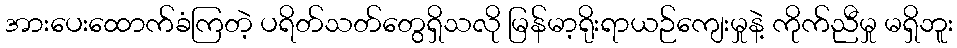
အားပေးထောက်ခံကြတဲ့ ပရိတ်သတ်တွေရှိသလို မြန်မာ့ရိုးရာယဉ်ကျေးမှုနဲ့ ကိုက်ညီမှု မရှိဘူး